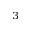
^ { 3 }